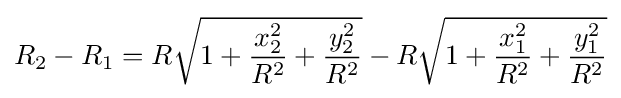
R_{2}-R_{1}=R{\sqrt {1+{\frac {x_{2}^{2}}{R^{2}}}+{\frac {y_{2}^{2}}{R^{2}}}}}-R{\sqrt {1+{\frac {x_{1}^{2}}{R^{2}}}+{\frac {y_{1}^{2}}{R^{2}}}}}